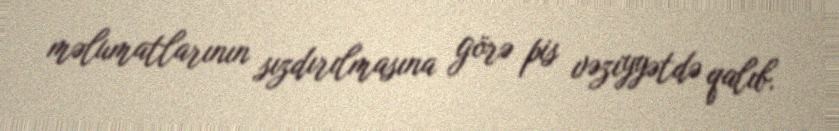
məlumatlarının sızdırılmasına görə pis vəziyyətdə qalıb.